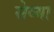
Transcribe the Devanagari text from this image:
सेव्या